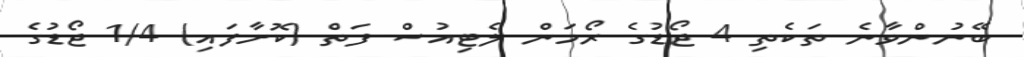
ބޭނުންވާނެ ތަކެތި 4 ޖޯޑުގެ ރޯމަން ލެޓިއުސް ފަތް (ކޮށާފައި) 1/4 ޖޯޑުގެ